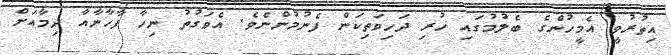
އިތުރުވީ އެމީހުންގެ ބެލުމުގައި ހުރި ދަހިވަތިކަން ފެނުމުންނެވެ. އެވަގުތު ނިހާ ފާހާނާއާ ދިމާއަށް